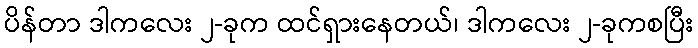
ပိန်တာ ဒါကလေး ၂-ခုက ထင်ရှားနေတယ်၊ ဒါကလေး ၂-ခုကစပြီး